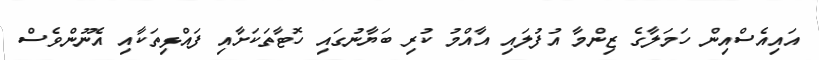
އައިއެސްއިން ހަމަލާގެ ޒިންމާ އުފުލައި އާއްމު ކުރި ބަޔާނުގައި ހޮޓާތަކަށާއި ފައްޅިތަކާއި އެނޫންވެސް